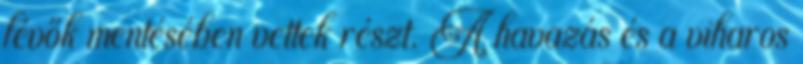
lévők mentésében vettek részt. A havazás és a viharos